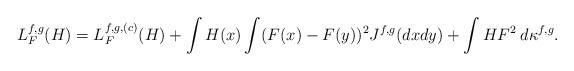
LaTeX: \begin{align*}L_F^{f,g}(H)=L_F^{f,g,(c)}(H)+\int H(x)\int (F(x)-F(y))^2 J^{f,g}(dxdy)+\int HF^2\:d\kappa^{f,g}.\end{align*}